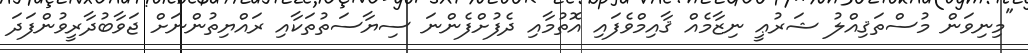
"މިނިވަން މުސްތަޤިއްލު ޝަރުޢީ ނިޒާމެއް ޤާއިމްވެފައި އޮތުމާއި ދެފުށްފެންނަ ސިޔާސަތުތަކާއި ރައްޔިތުންނަށް ޖަވާބުދާރީވުންފަދަ